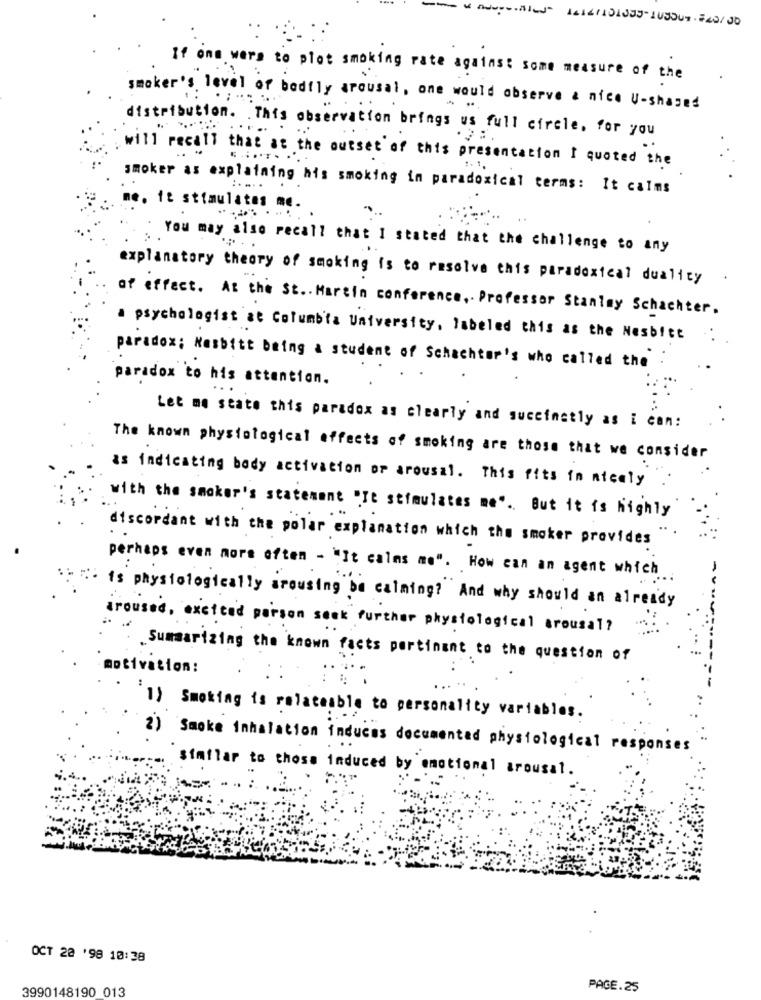
14141101355- 103309 . 720/ 00
If one wers to plot smoking rate against some measure of the
smoker's level of badfly arousal, one would observe & nice U-shaped
distribution. This observation brings us full circle, for you
will recall that at the outset of this presentation I quoted the
. ...... .
smoker as explaining his smoking in paradoxical terms: It calms
:....
e. it stimulates me.
You may also recall that I stated that the challenge to any
explanatory theory of smoking is to resolve this paradoxical duality
of effect. At the St .. Martin conference ,. Professor Stanley Schachter.
a psychologist at Columbia University, labeled this as the Nesbitt
paradox; Nesbitt being a student of Schachter's who called the
paradox to his attention.
Let me state this paradox as clearly and succinctly as i can:
The known physiological effects of smoking are those that we consider
as indicating body activation or arousal. This fits in nicely
with the smoker's statement "It stimulates me". But it is highly
discordant with the polar explanation which the smoker provides
perhaps even more often - "It calas me". How can an agent which
is physiologically arousing be calming?" And why should an already
aroused, excited parson seek further physiological arousal?
.Summarizing the known facts pertinent to the question of
motivation:
"1) Smoking is relateable to personality variables.
2) Smoke inhalation induces documented physiological responses
similar to chose induced by emotional arousal.
OCT 20 '98 10:38
3990148190 013
PAGE.25